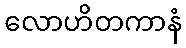
လောဟိတကာနံ